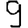
Digit: 9